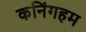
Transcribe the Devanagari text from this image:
कनिंगहम